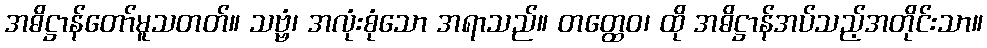
အဓိဋ္ဌာန်တော်မူသတတ်။ သဗ္ဗံ၊ အလုံးစုံသော အရာသည်။ တတ္ထေဝ၊ ထို အဓိဋ္ဌာန်အပ်သည့်အတိုင်းသာ။